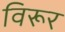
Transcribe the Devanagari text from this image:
विरूर